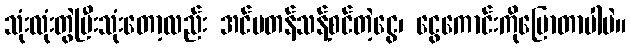
သုံးလုံးတွဲပြီးသုံးတော့လည်း အင်မတန်သန့်စင်တဲ့ငွေ၊ ငွေကောင်းကိုပြောတာပါပဲ။